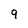
Character: 9